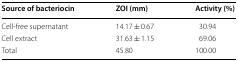
<table><thead><tr><td><b>Source of bacteriocin</b></td><td><b>ZOI (mm)</b></td><td><b>Activity (%)</b></td></tr></thead><tbody><tr><td>Cell-free supernatant</td><td>14.17 ± 0.67</td><td>30.94</td></tr><tr><td>Cell extract</td><td>31.63 ± 1.15</td><td>69.06</td></tr><tr><td>Total</td><td>45.80</td><td>100.00</td></tr></tbody></table>